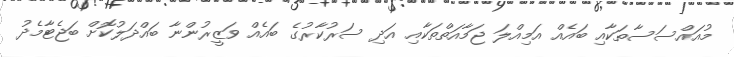
މުއައްސަސާތަކާއި ބައެއް އަމިއްލަ ޖަމާއަތްތަކާއި އަދި ސަރުކާރުގެ ބައެއް ވަޒީރުންނާ ބައްދަލުކޮށް ބަޖެޓާމެދު